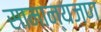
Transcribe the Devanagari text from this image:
सामान्यजण